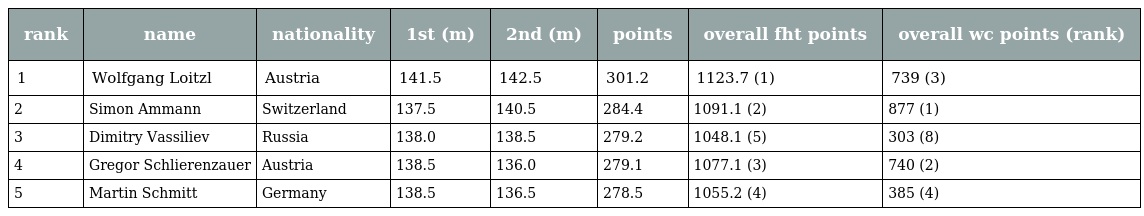
| rank | name | nationality | 1st (m) | 2nd (m) | points | overall fht points | overall wc points (rank) |
 | --- | --- | --- | --- | --- | --- | --- | --- |
 | 1 | Wolfgang Loitzl | Austria | 141.5 | 142.5 | 301.2 | 1123.7 (1) | 739 (3) |
 | 2 | Simon Ammann | Switzerland | 137.5 | 140.5 | 284.4 | 1091.1 (2) | 877 (1) |
 | 3 | Dimitry Vassiliev | Russia | 138.0 | 138.5 | 279.2 | 1048.1 (5) | 303 (8) |
 | 4 | Gregor Schlierenzauer | Austria | 138.5 | 136.0 | 279.1 | 1077.1 (3) | 740 (2) |
 | 5 | Martin Schmitt | Germany | 138.5 | 136.5 | 278.5 | 1055.2 (4) | 385 (4) |